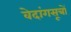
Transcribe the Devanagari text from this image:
वेदांगसूत्रों